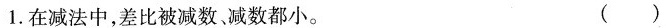
1.在减法中，差比被减数，减数都小。 ( )